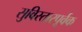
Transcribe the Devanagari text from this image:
सुविस्तारपूर्वक